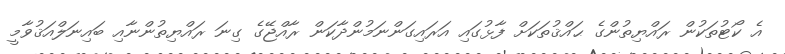
އެ ކޯޓުތަކުން ރައްޔިތުންގެ ޙައްޤުތަކަށް ފާޅުގައި އަރައިގަންނަމުންދާކަން ރާއްޖޭގެ ގިނަ ރައްޔިތުންނާއި ބައިނަލްއަޤުވާމީ